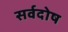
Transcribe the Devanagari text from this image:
सर्वदोष